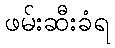
ဖမ်းဆီးခံရ